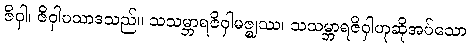
ဇိဝှါ၊ ဇိဝှါပသာဒသည်။ သသမ္ဘာရဇိဝှါမဇ္ဈဿ၊ သသမ္ဘာရဇိဝှါဟုဆိုအပ်သော